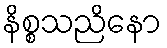
နိစ္စသညိနော